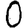
Digit: 0